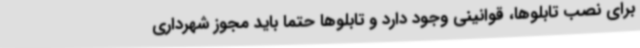
برای نصب تابلوها، قوانینی وجود دارد و تابلوها حتما باید مجوز شهرداری